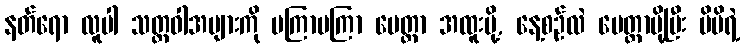
နတ်ရော လူပါ သတ္တဝါအများကို မကြာမကြာ မေတ္တာ အထူးပို့, နေ့စဉ်လဲ မေတ္တာပို့ပြီး မိမိရဲ့